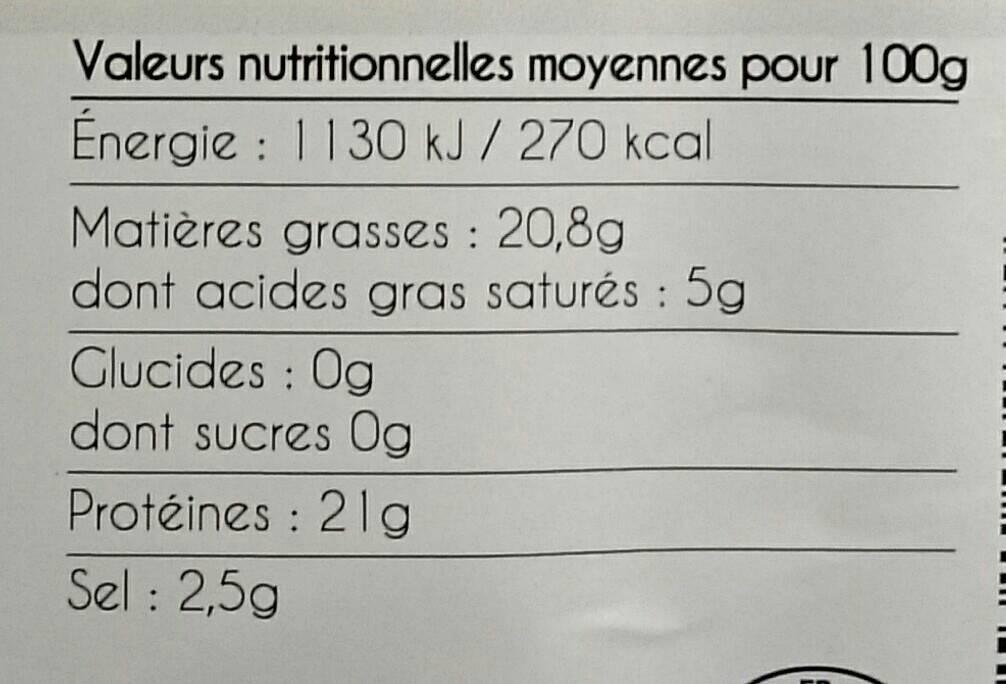
Valeurs nutritionnelles moyennes pour 100g Énergie: 1130 kJ / 270 kcal
Matières grasses : 20,8g dont acides gras saturés : 5g
Glucides : Og dont sucres Og
Protéines : 21g
Sel : 2,5g